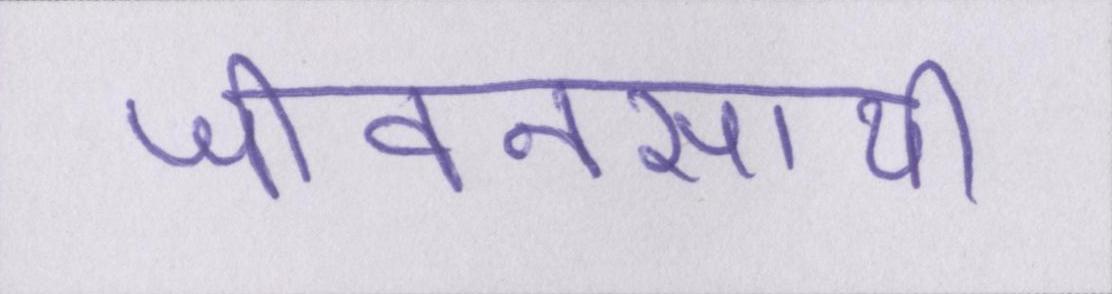
जीवनसाथी